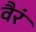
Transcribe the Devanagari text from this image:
वैरं